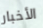
الأخبار